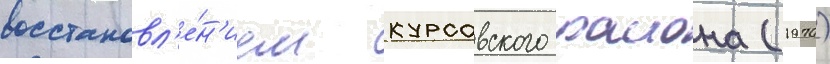
восстановл'е́н'ием курсавского раиона (1970)